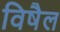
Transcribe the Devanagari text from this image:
विषैल